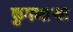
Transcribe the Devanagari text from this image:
फुगणार्‍या